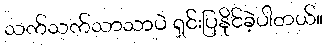
သက်သက်သာသာပဲ ရှင်းပြနိုင်ခဲ့ပါတယ်။